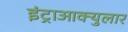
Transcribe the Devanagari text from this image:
इंट्राआक्युलार